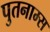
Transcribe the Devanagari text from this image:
पुतनाम्स